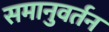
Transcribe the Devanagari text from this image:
समानुवर्तन